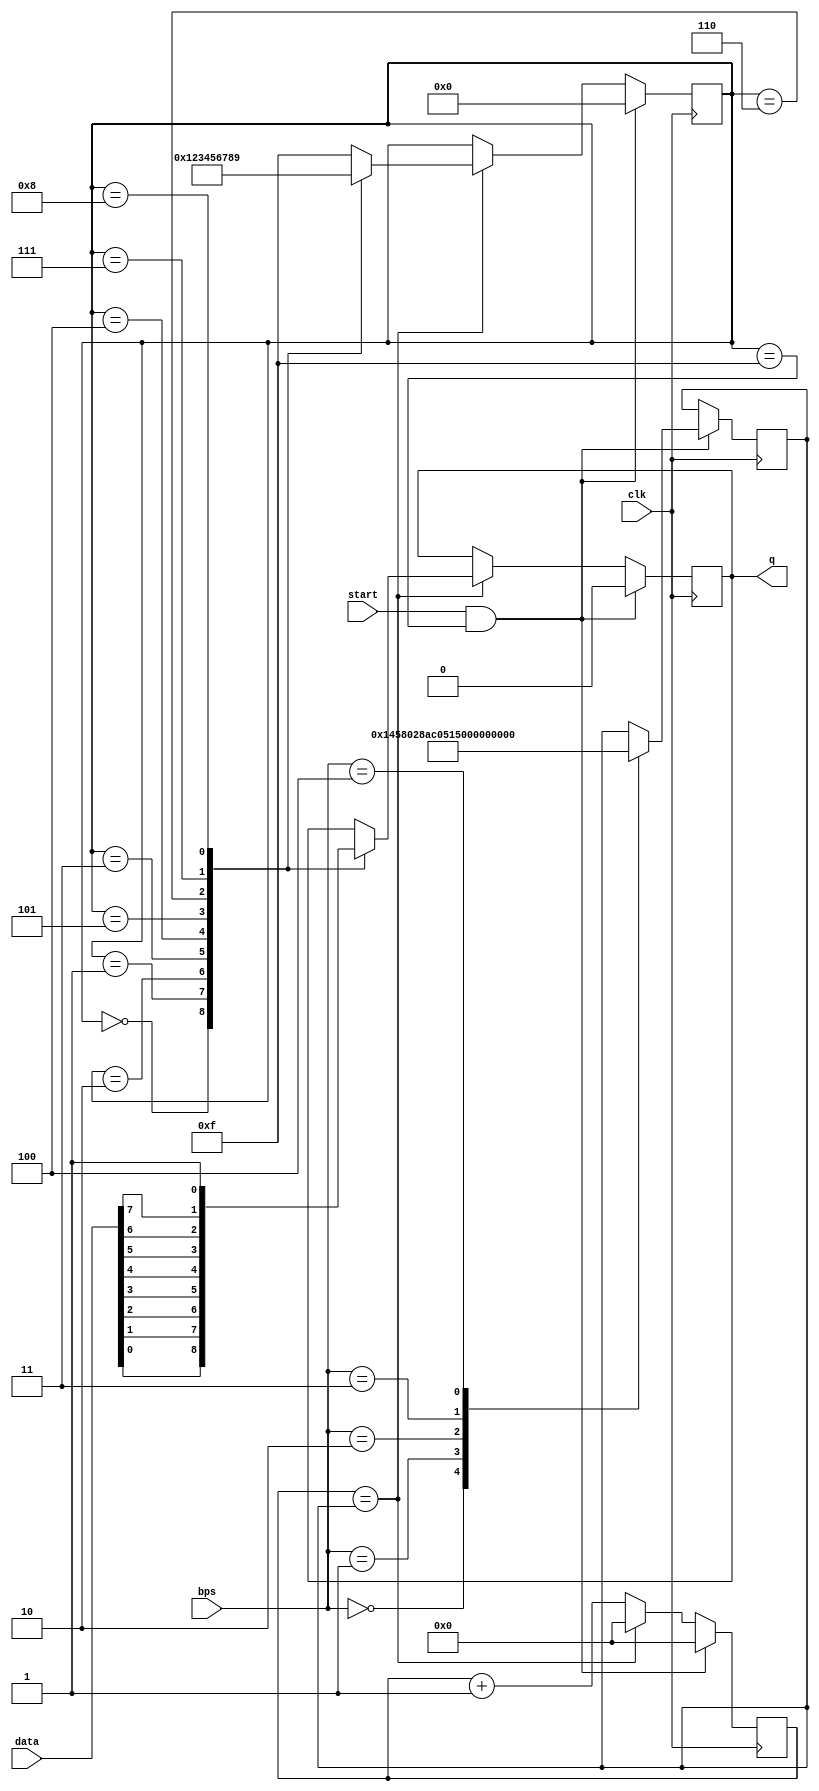
/* ----------------------------------------------- *
 * Title       : UART transmitter                  *
 * Project     :                                   *
 * ----------------------------------------------- *
 * Last Edit   : 28/07/2022                        *
 * ----------------------------------------------- *
 * Description : Simple UART transmitter           *
 * ----------------------------------------------- */

module uart_tx (
    input clk,
    input start,
    input [7:0]data,
	 input [2:0]bps,
    output reg q = 1'b1
);

reg [12:0]cnt = 13'b0; // UART speed counter
reg [17:0]bps_cnt; // UART speed selector
reg [3:0]bit_num = 4'b1111;
wire bit_start = (cnt == bps_cnt); 
wire idle = (bit_num == 4'hF);

always @(posedge clk) begin
    if (start && idle) begin
		case(bps)
			3'b000:  bps_cnt <= 18'd5208; //9600 // 5208 = 50mhz/9600
			3'b001:  bps_cnt <= 18'd2603; //19200
			3'b010:  bps_cnt <= 18'd1301; //38400
			3'b011:  bps_cnt <= 18'd867;  //57600
			3'b100:  bps_cnt <= 18'd433;  //115200
		endcase
      cnt <= 13'b0;
	 end
    else if (bit_start)
        cnt <= 13'b0;
    else
        cnt <= cnt + 13'b1;
end

always @(posedge clk) begin
    if (start && idle) begin
        bit_num <= 4'h0;
        q <= 1'b0; // Start
    end
    else if (bit_start) begin
        case (bit_num)
        4'h0: begin bit_num <= 4'h1; q <= data[0]; end
        4'h1: begin bit_num <= 4'h2; q <= data[1]; end
        4'h2: begin bit_num <= 4'h3; q <= data[2]; end
        4'h3: begin bit_num <= 4'h4; q <= data[3]; end
        4'h4: begin bit_num <= 4'h5; q <= data[4]; end
        4'h5: begin bit_num <= 4'h6; q <= data[5]; end
        4'h6: begin bit_num <= 4'h7; q <= data[6]; end
        4'h7: begin bit_num <= 4'h8; q <= data[7]; end
        4'h8: begin bit_num <= 4'h9; q <= 1'b1; end // Stop
        default: begin bit_num <= 4'hF; end
        endcase
    end
end

endmodule